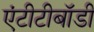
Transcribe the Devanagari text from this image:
एंटीटीबॉडी